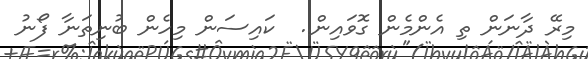
މިރޭ ދާނަން ތި އެންމެން ގޮވައިން..  ކައިސަން މިހެން ބުނިތަނާ ފޯނު